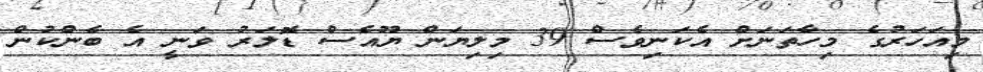
މިއަހަރުގެ މިހާތަނަށް އެކަނިވެސް 39 މިލިޔަން ޔޫއެސް ޑޮލަރު ވަނީ އެ ބެންކުން